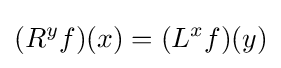
(R^{y}f)(x)=(L^{x}f)(y)